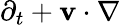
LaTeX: \partial_{t}+{\mathbf v}\cdot\nabla